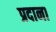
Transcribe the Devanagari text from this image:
प्रदाना